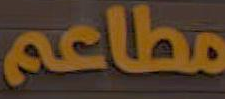
مطاعم